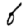
Digit: 6